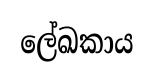
ලේඛකාය